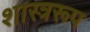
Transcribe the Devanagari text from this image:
शास्त्ररूप